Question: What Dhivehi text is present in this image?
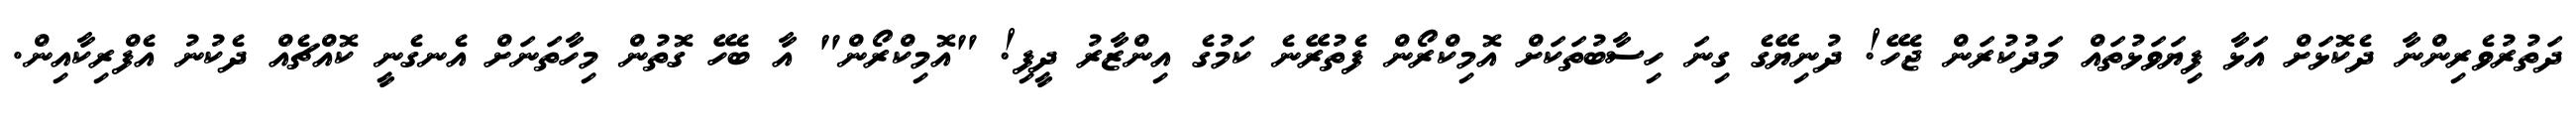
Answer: ދަތުރުވެރިންނާ ދެކޮޅަށް އަޅާ ފިޔަވަޅުތައް މަދުކުރަން ޖެހޭ! ދުނިޔޭގެ ގިނަ ހިސާބުތަކަށް އޮމިކްރޯން ފެތުރޭނެ ކަމުގެ އިންޒާރު ދީފި! "އޮމިކްރޯން" އާ ބެހޭ ގޮތުން މިހާތަނަށް އެނގެނީ ކޮއްޗެއް ދެކުނު އެފްރިކާއިން.